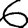
Digit: 6